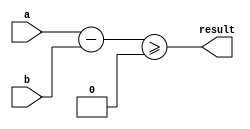
module greater_than_or_equal(input wire [7:0] a, b, output wire result);

  wire [7:0] diff;

  assign diff = a - b;

  assign result = diff >= 0;

endmodule